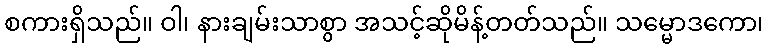
စကားရှိသည်။ ဝါ၊ နားချမ်းသာစွာ အသင့်ဆိုမိန့်တတ်သည်။ သမ္မောဒကော၊